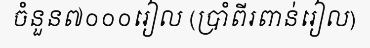
ចំនួន៧០០០រៀល (ប្រាំពីរពាន់រៀល)